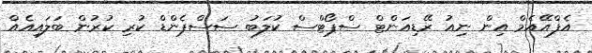
އެފްއޭއެމް އިން ނިއު ރޭޑިއަންޓް ސްޕޯޓްސް ކުލަބު ސަސްޕެންޑް ކުރި ކުރުން ބަލައިއެއް